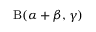
\mathrm { B } ( \alpha + \beta , \gamma )